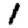
Digit: 1